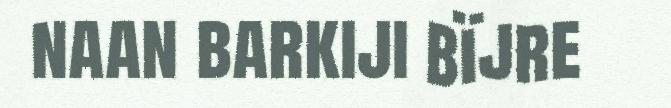
naan barkiji bïjre